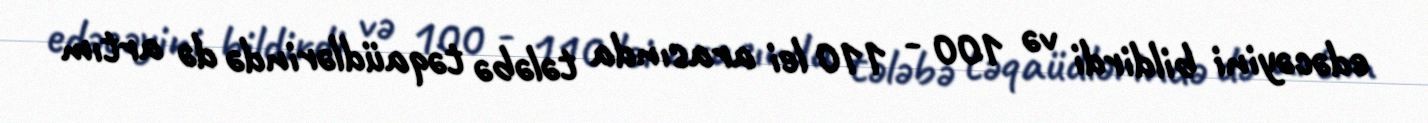
edəcəyini bildirdi və 100 - 110 lei arasında tələbə təqaüdlərində də artım